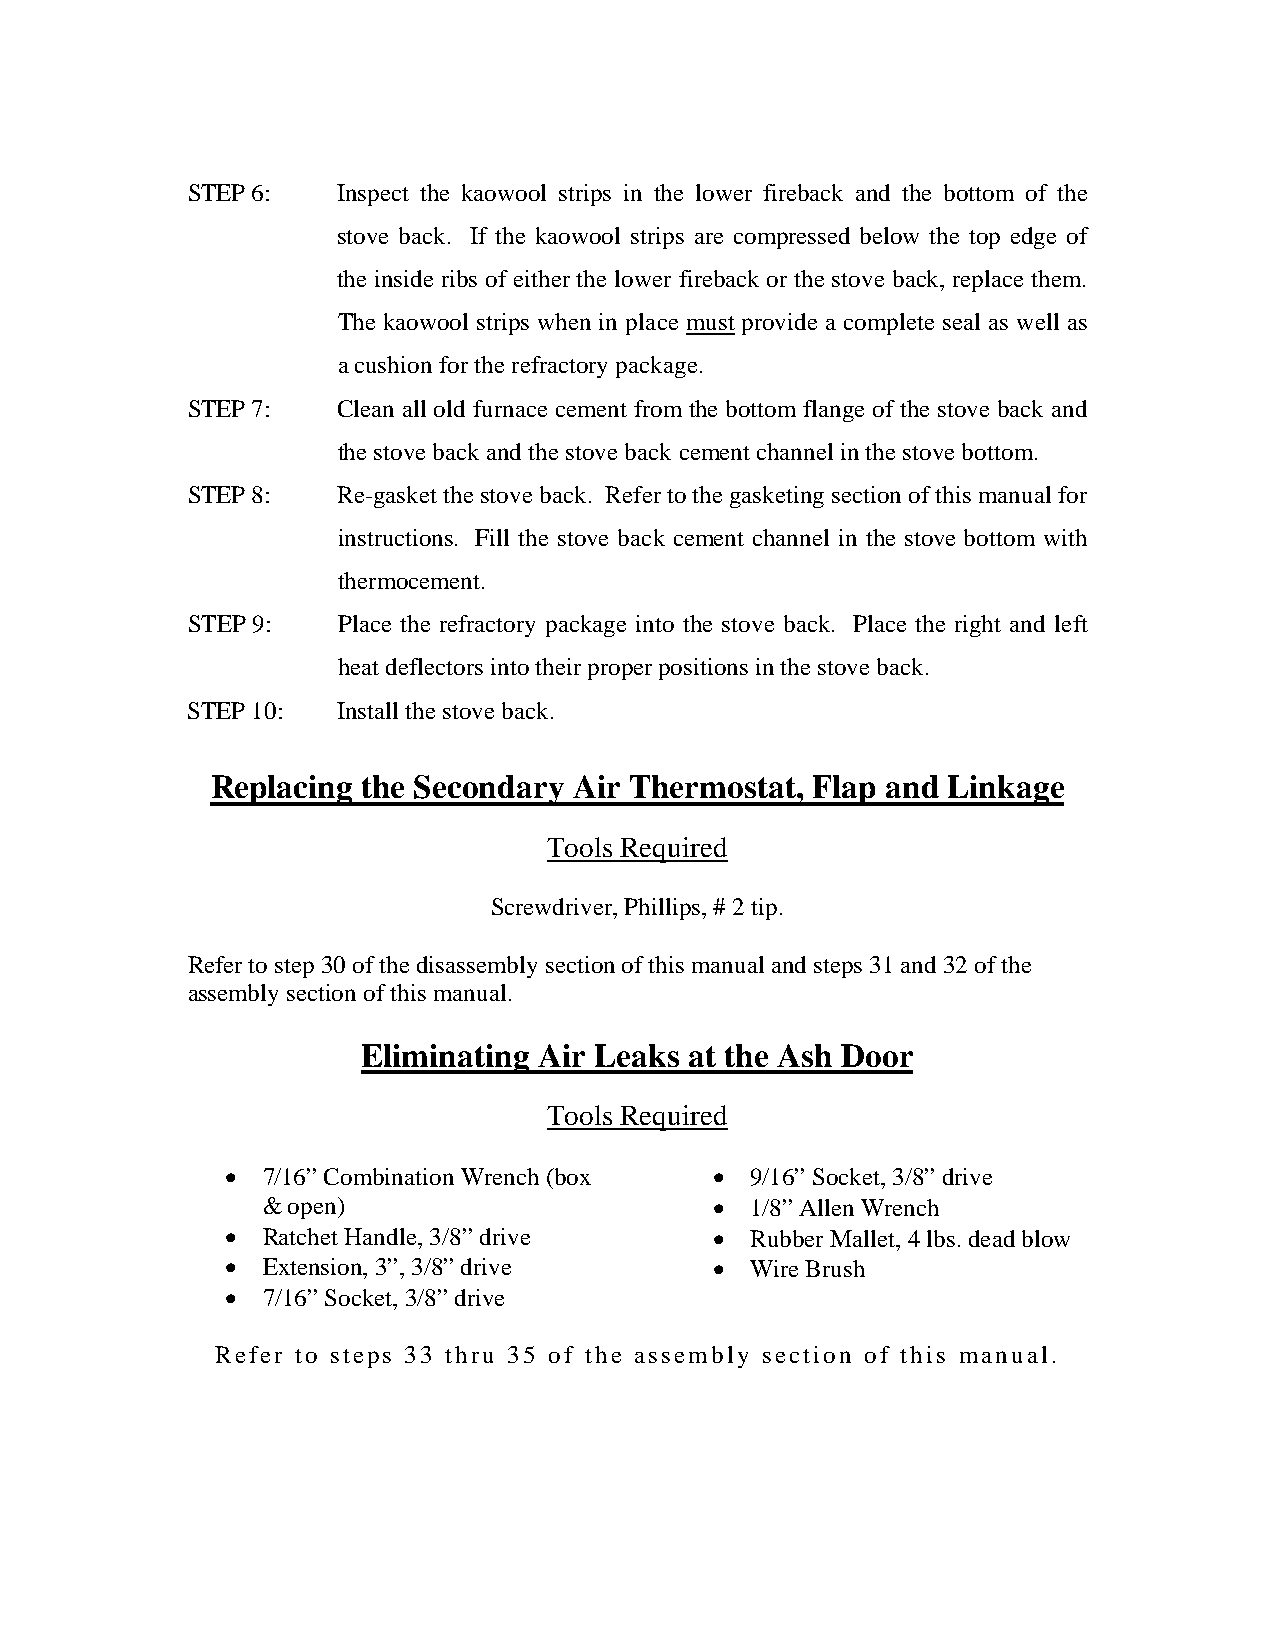
STEP 6:   Inspect the kaowool strips in the lower fireback and the bottom of the
 stove back. If the kaowool strips are compressed below the top edge of
 the inside ribs of either the lower fireback or the stove back, replace them.
 The kaowool strips when in place must provide a complete seal as well as
 a cushion for the refractory package.
 STEP 7:   Clean all old furnace cement from the bottom flange of the stove back and
 the stove back and the stove back cement channel in the stove bottom.
 STEP 8:   Re-gasket the stove back. Refer to the gasketing section of this manual for
 instructions. Fill the stove back cement channel in the stove bottom with
 thermocement.
 STEP 9:   Place the refractory package into the stove back. Place the right and left
 heat deflectors into their proper positions in the stove back.
 STEP 10:  Install the stove back.
 Replacing the Secondary Air Thermostat, Flap and Linkage
 Tools Required
 Screwdriver, Phillips, # 2 tip.
 Refer to step 30 of the disassembly section of this manual and steps 31 and 32 of the
 assembly section of this manual.
 Eliminating Air Leaks at the Ash Door
 Tools Required
 • 7/16” Combination Wrench (box •  9/16” Socket, 3/8” drive
 & open)                       •  1/8” Allen Wrench
 • Ratchet Handle, 3/8” drive    •  Rubber Mallet, 4 lbs. dead blow
 • Extension, 3”, 3/8” drive     •  Wire Brush
 • 7/16” Socket, 3/8” drive
 Refer to steps 33 thru 35 of the assembly section of this manual.